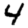
Digit: 4